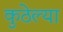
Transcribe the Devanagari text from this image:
कुठेल्या